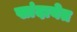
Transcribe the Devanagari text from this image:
खांदायेत